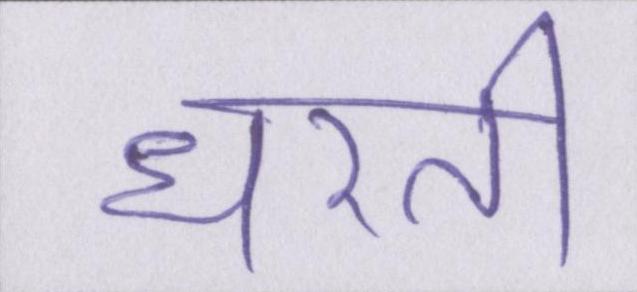
धरती